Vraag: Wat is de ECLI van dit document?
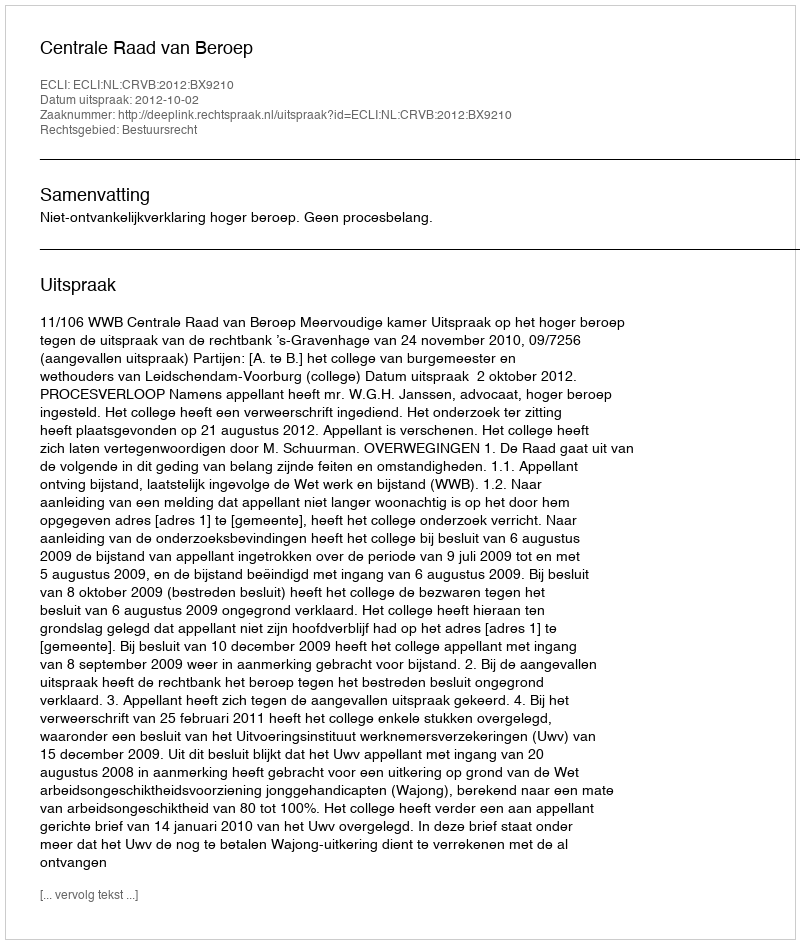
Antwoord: ECLI:NL:CRVB:2012:BX9210